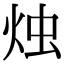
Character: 烛